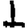
Digit: 1